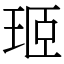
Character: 㺿